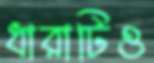
ধারাটিও